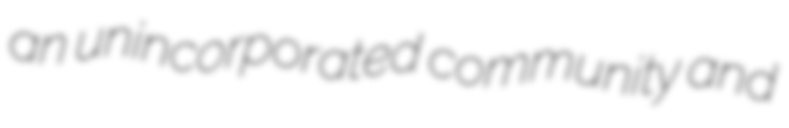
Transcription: an unincorporated community and